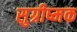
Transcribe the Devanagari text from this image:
सुग्रीष्मक